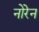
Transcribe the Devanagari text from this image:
नोरेन